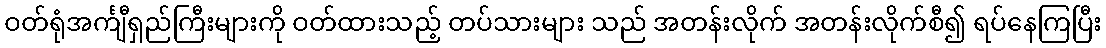
ဝတ်ရုံအင်္ကျီရှည်ကြီးများကို ဝတ်ထားသည့် တပ်သားများ သည် အတန်းလိုက် အတန်းလိုက်စီ၍ ရပ်နေကြပြီး